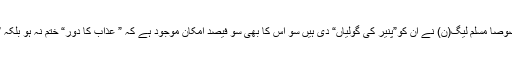
جو ”چوہے مار گولیوں“کے حق دار تھے، دوسری پارٹیوں خصوصاً مسلم لیگ(ن) نے ان کو”پنیر کی گولیاں“ دی ہیں سو اس کا بھی سو فیصد امکان موجود ہے کہ ” عذاب کا دور“ ختم نہ ہو بلکہ ”شارٹ بریک“ کے بعد اس کا سلسلہ پھر سے شروع ہو جائے ۔